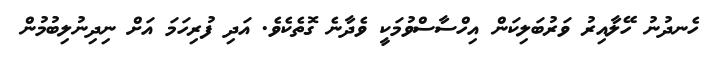
ހެނދުނު ހޭލާއިރު ވަރުބަލިކަން އިހްސާސްވުމަކީ ވެދާނެ ގޮތެކެވެ. އަދި ފުރިހަމަ އަށް ނިދިނުލިބުމުން